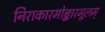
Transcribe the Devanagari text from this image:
निराकारमोङ्कारमूलम्